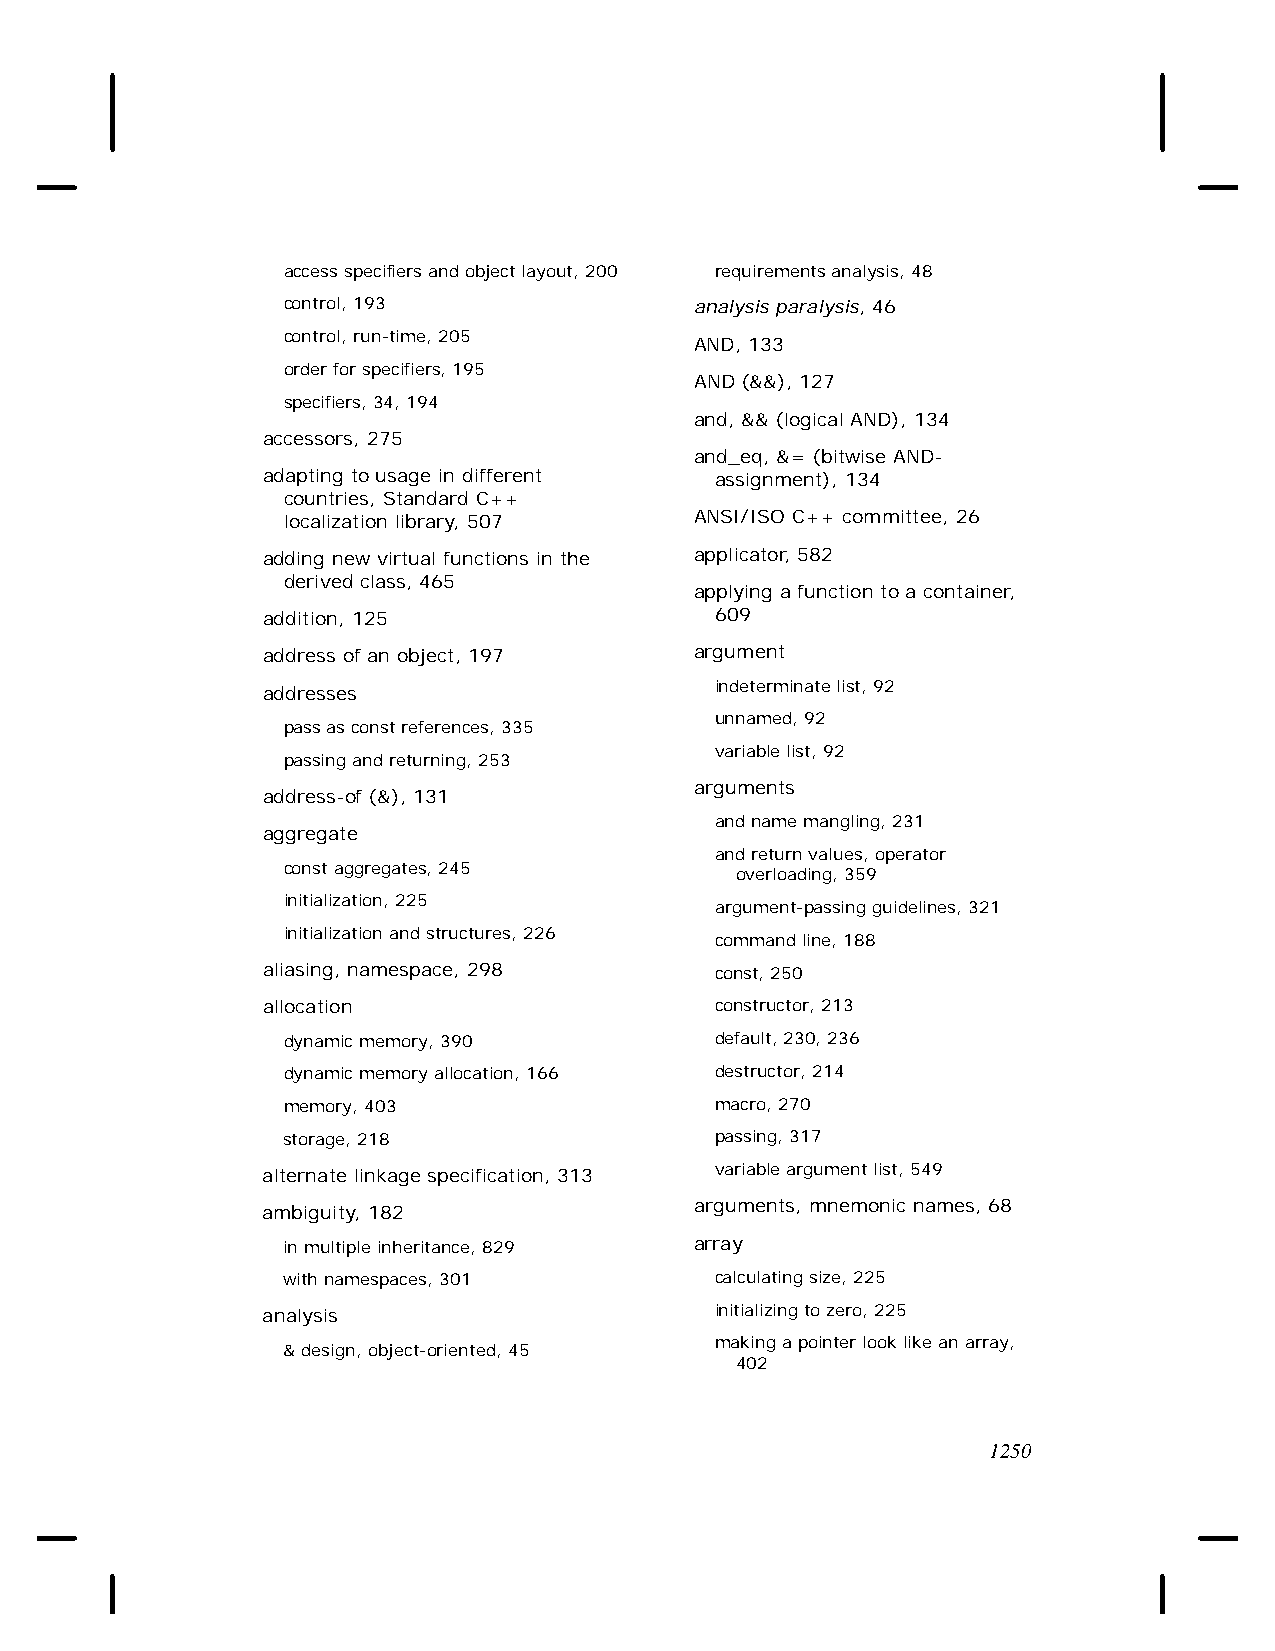
access specifiers and object layout, 200 requirements analysis, 48
 control, 193               analysis paralysis, 46
 control, run-time, 205
 AND, 133
 order for specifiers, 195
 AND (&&), 127
 specifiers, 34, 194
 and, && (logical AND), 134
 accessors, 275
 and_eq, &= (bitwise AND-
 adapting to usage in different assignment), 134
 countries, Standard C++
 localization library, 507  ANSI/ISO C++ committee, 26
 adding new virtual functions in the applicator, 582
 derived class, 465
 applying a function to a container,
 addition, 125                 609
 address of an object, 197    argument
 indeterminate list, 92
 addresses
 unnamed, 92
 pass as const references, 335
 variable list, 92
 passing and returning, 253
 arguments
 address-of (&), 131
 and name mangling, 231
 aggregate
 and return values, operator
 const aggregates, 245
 overloading, 359
 initialization, 225
 argument-passing guidelines, 321
 initialization and structures, 226
 command line, 188
 aliasing, namespace, 298      const, 250
 allocation                    constructor, 213
 dynamic memory, 390         default, 230, 236
 dynamic memory allocation, 166 destructor, 214
 memory, 403                 macro, 270
 storage, 218                passing, 317
 alternate linkage specification, 313 variable argument list, 549
 arguments, mnemonic names, 68
 ambiguity, 182
 in multiple inheritance, 829 array
 with namespaces, 301        calculating size, 225
 analysis                      initializing to zero, 225
 making a pointer look like an array,
 & design, object-oriented, 45
 402
 1250